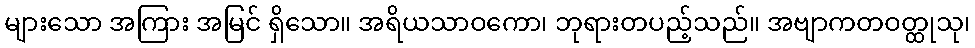
များသော အကြား အမြင် ရှိသော။ အရိယသာဝကော၊ ဘုရားတပည့်သည်။ အဗျာကတဝတ္ထုသု၊